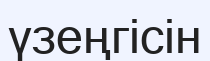
үзеңгісін